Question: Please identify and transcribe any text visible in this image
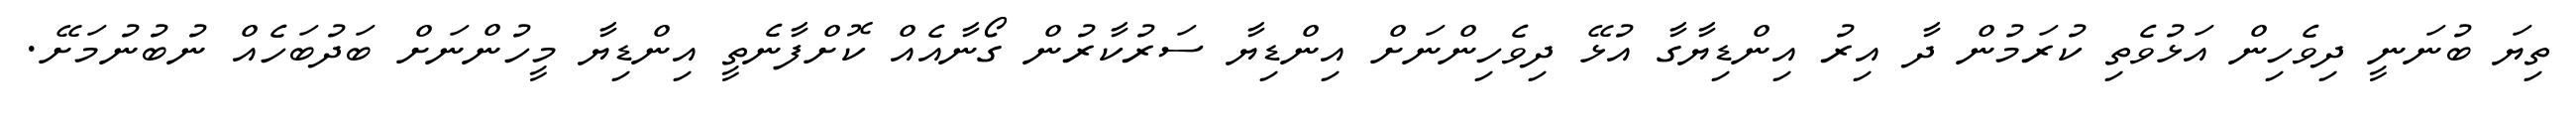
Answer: ތިޔަ ބުނަނީ ދިވެހިން އަޅުވެތި ކުރަމުން ދާ އިރު އިންޑިޔާގާ އުޅޭ ދިވެހިންނަށް އިންޑިޔާ ސަރުކާރުން ގޯނާއެއް ކޮށްފާނެތީ އިންޑިޔާ މީހުންނަށް ބަދުބަހެއް ނުބުނުމަށޭ.